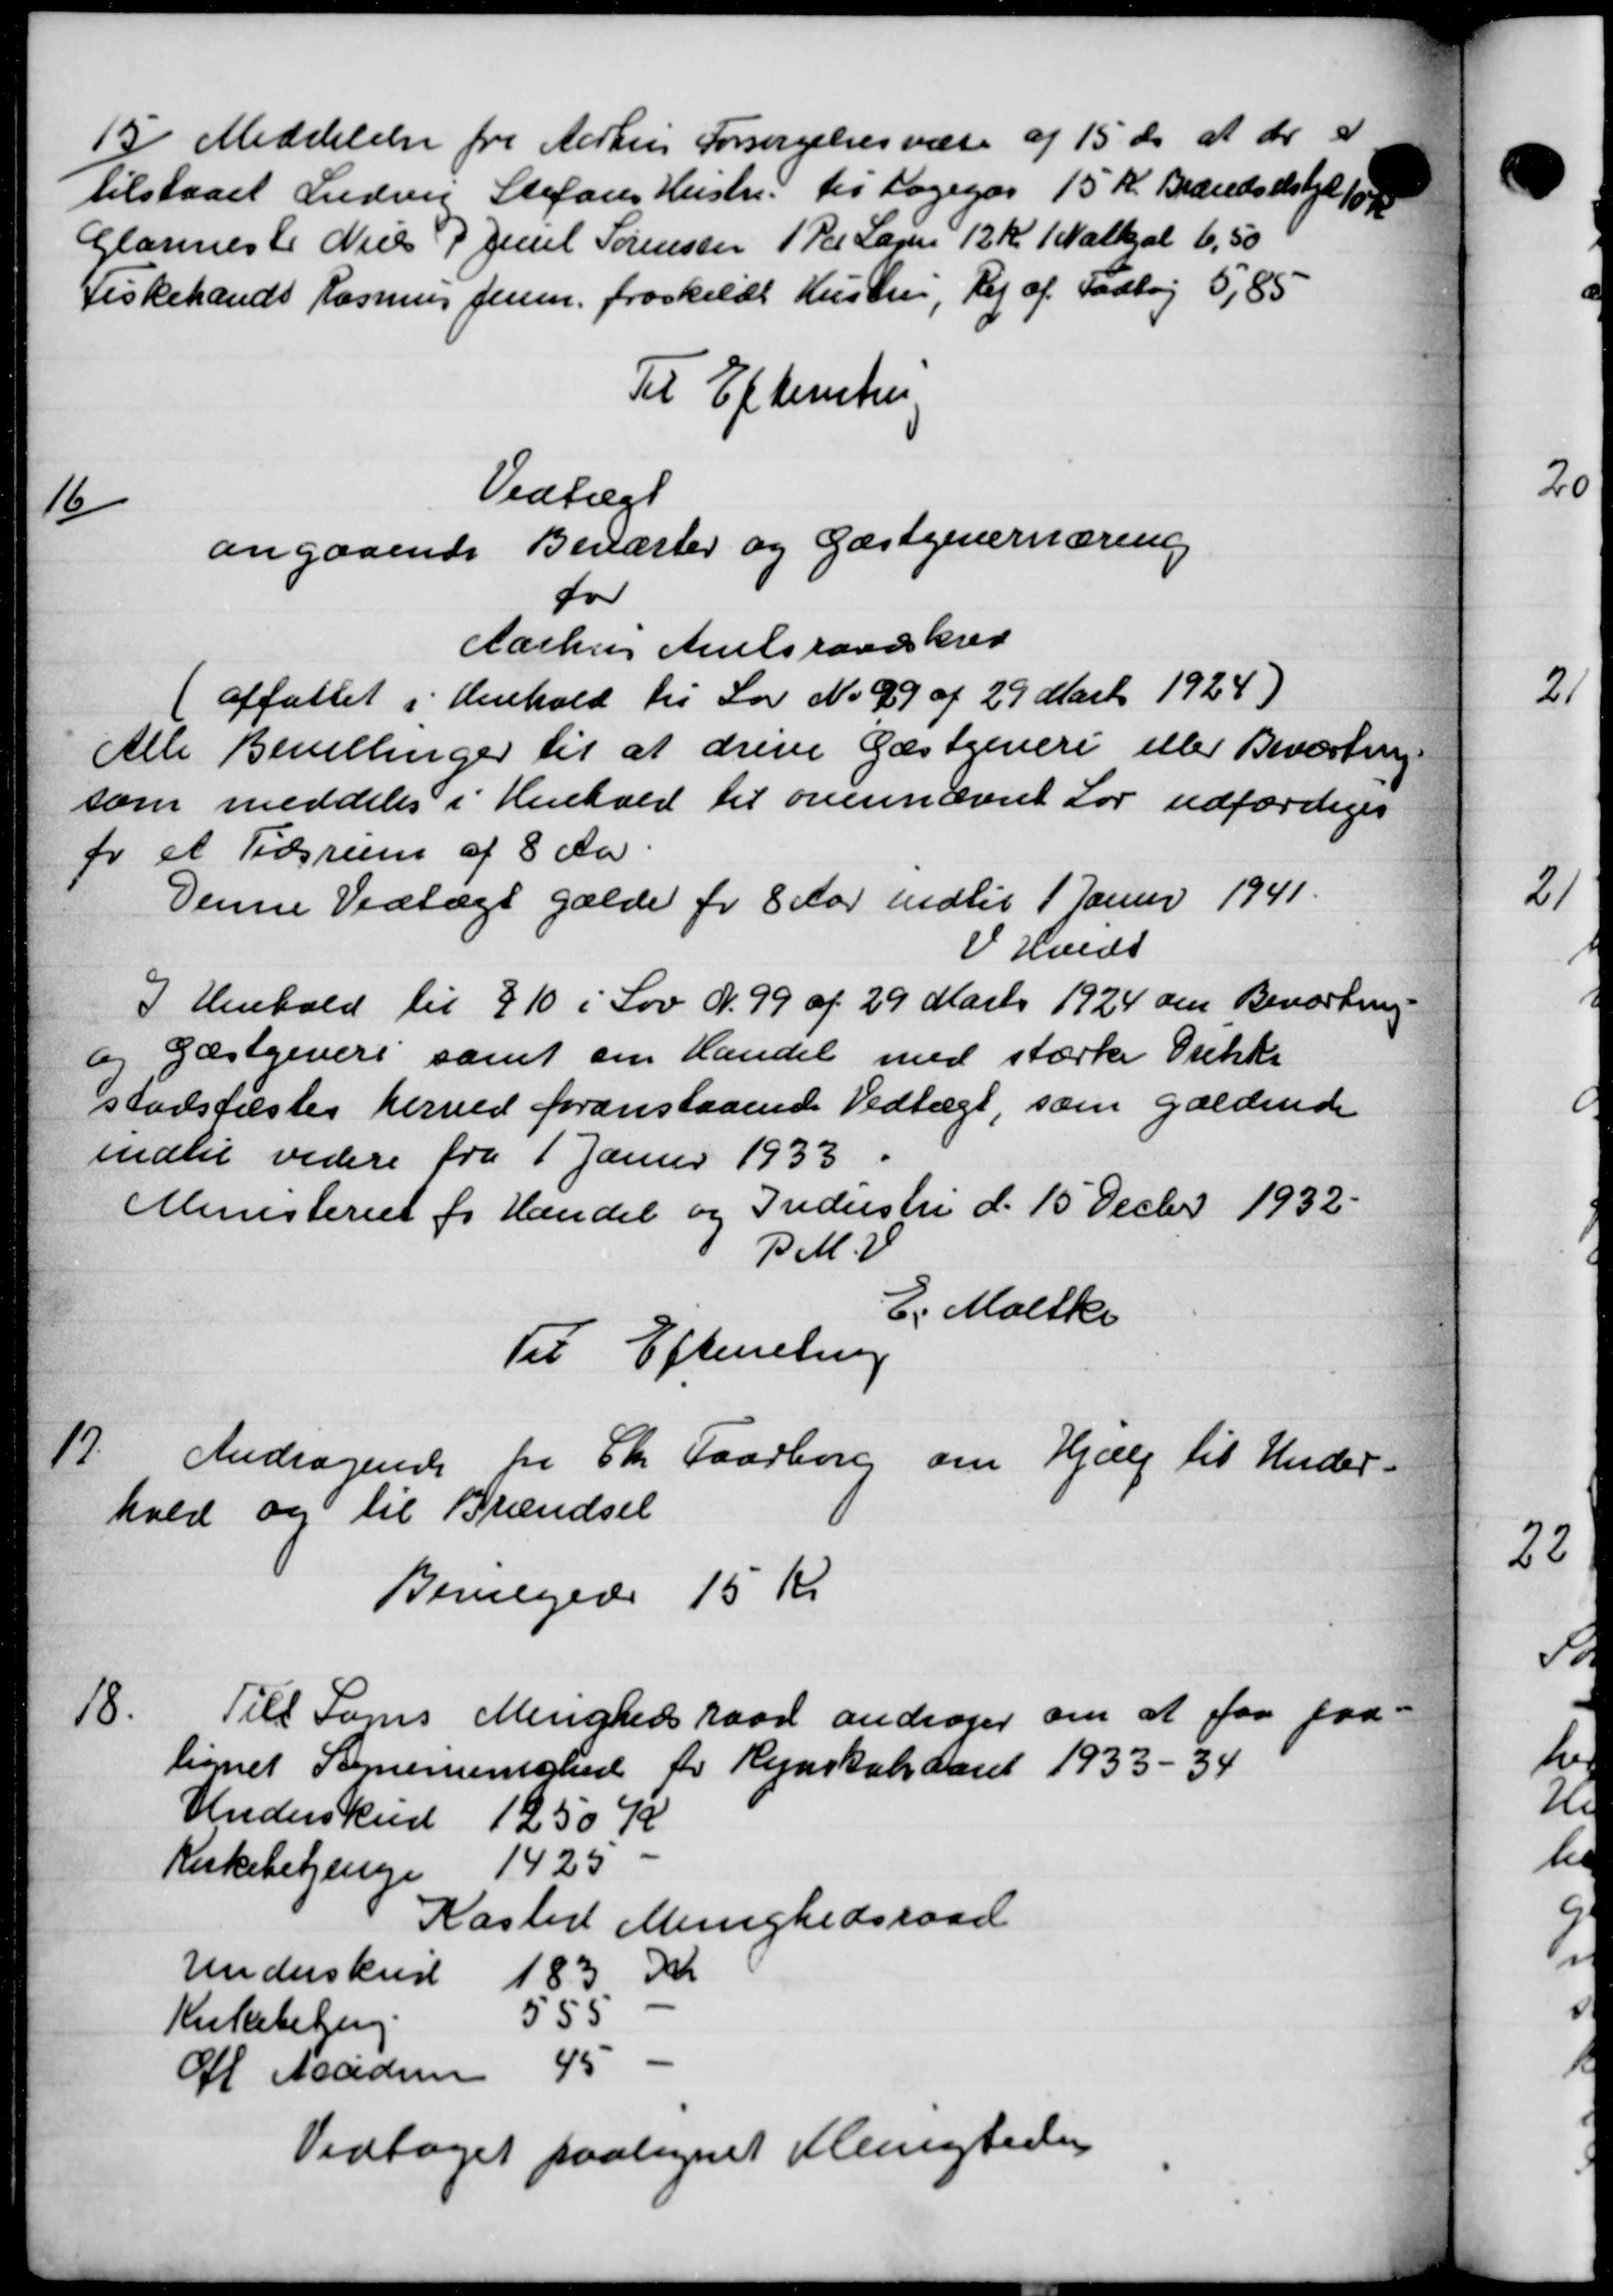
Transskription:
15
Meddelelse fra Aarhus Forsørgelsesvæse af 15 ds. at der er
tilstaaet Ludvig Stefans Hustru til Logegår 15 Kr. Brændselske 10
Glarmest Niels P. Juul Sørensen 1 Par Lægen 12 Kr 1 Nathal 6,50
Fiskehands Rasmus Jensen, froskildt Hustru, Vej af Fodtøj 5,85
Til Efterretning
Vedtægt
16
angaaende Beværter og Gæstgivernæring
for
Aarhus Amtsraadskred
(affattet i Henhold til Lov No. 99 af 29 Marts 1924)
Alle Bevillinger til at drive Gæstgiveri eller Beværtning
som meddeles i Henhold til ovennævnt Lov udfærdiges
for et Tidsrum af 8 Aar
Denne Vedtægt gælde for 8 Aar indtil 1 Januar 1941.
V. Hvidt
I Henhold til 210 i Lov N. 99 af 29 Marts 1924 den Beværtning
og Gæstgiveri samt sin Handel med stærke Drikke
stadfæstes herved foranstaaende Vedtægt, som gældende
indtil videre fra 1 Janur 1933.
Ministeriet for Handel og Frederstii d. 15 Decbr 1932.
B M.V.
E. Moltke
Til Efterretning
17.
Andragende fra Chr. Faaborg om Hjælp til Under-
hold og til Brændsel
Bevilgedes 15 Kr
18.
Till Toms Menighedsraad andrager om at faa faa
lignet Sognemenighed for Regnskabsaaret 1933 – 34
Underskred 1250 K
Kirkebetjenge 1425
Kasted Menighedsraad
Underskudt 183 Kr
Kirkebeting 555
Ol Madsen 45
Vedtages paalignet Menigheden